Report on horse surra - Volume II, Part I
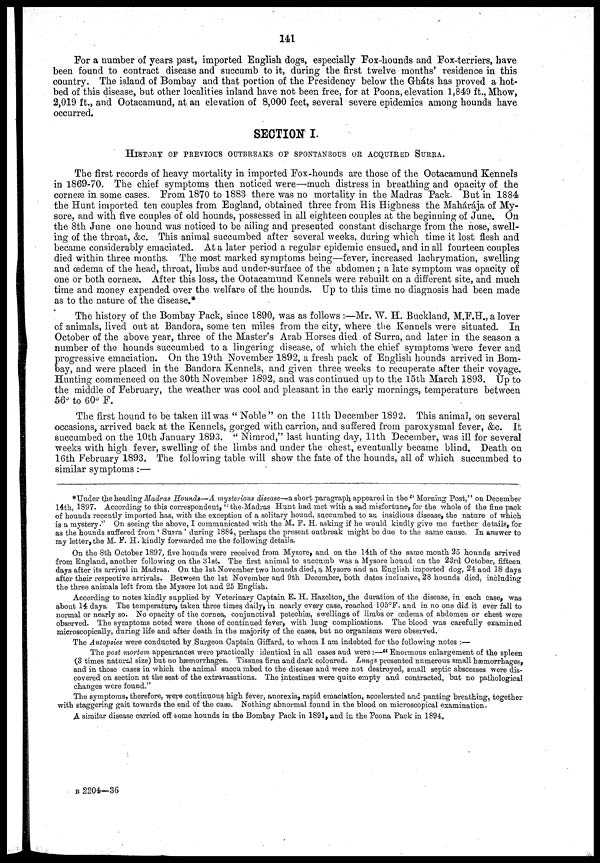
141
For a number of years past, imported English dogs, especially Fox-hounds and Fox-terriers, have
been found to contract disease and succumb to it, during the first twelve months' residence in this
country. The island of Bombay and that portion of the Presidency below the Gháts has proved a hot-
bed of this disease, but other localities inland have not been free, for at Poona, elevation 1,849 ft., Mhow,
2,019 ft., and Ootacamund, at an elevation of 8,000 feet, several severe epidemics among hounds have
occurred.
SECTION I.
HISTORY OF PREVIOUS OUTBREAKS OF SPONTANEOUS OR ACQUIRED SURRA.
The first records of heavy mortality in imported Fox-hounds are those of the Ootacamund Kennels
in 1869-70. The chief symptoms then noticed were—much distress in breathing and opacity of the
corneæ in some cases. From 1870 to 1883 there was no mortality in the Madras Pack. But in 1884
the Hunt imported ten couples from England, obtained three from His Highness the Mahárája of My-
sore, and with five couples of old hounds, possessed in all eighteen couples at the beginning of June. On
the 8th June one hound was noticed to be ailing and presented constant discharge from the nose, swell-
ing of the throat, &c. This animal succumbed after several weeks, during which time it lost flesh and
became considerably emaciated. At a later period a regular epidemic ensued, and in all fourteen couples
died within three months. The most marked symptoms being—fever, increased lachrymation, swelling
and œdema of the head, throat, limbs and under-surface of the abdomen; a late symptom was opacity of
one or both corneæ. After this loss, the Ootacamund Kennels were rebuilt on a different site, and much
time and money expended over the welfare of the hounds. Up to this time no diagnosis had been made
as to the nature of the disease.*
The history of the Bombay Pack, since 1890, was as follows :—Mr. W. H. Buckland, M.F.H., a lover
of animals, lived out at Bandora, some ten miles from the city, where the Kennels were situated. In
October of the above year, three of the Master's Arab Horses died of Surra, and later in the season a
number of the hounds succumbed to a lingering disease, of which the chief symptoms were fever and
progressive emaciation. On the 19th November 1892, a fresh pack of English hounds arrived in Bom-
bay, and were placed in the Bandora Kennels, and given three weeks to recuperate after their voyage.
Hunting commenced on the 30th November 1892, and was continued up to the 15th March 1893. Up to
the middle of February, the weather was cool and pleasant in the early mornings, temperature between
56° to 60° F.
The first hound to be taken ill was " Noble " on the 11th December 1892. This animal, on several
occasions, arrived back at the Kennels, gorged with carrion, and suffered from paroxysmal fever, &c. It
succumbed on the 10th January 1893. " Nimrod," last hunting day, 11th December, was ill for several
weeks with high fever, swelling of the limbs and under the chest, eventually became blind. Death on
16th February 1893. The following table will show the fate of the hounds, all of which succumbed to
similar symptoms :—
*Under the heading Madras Hounds—A mysterious disease—a short paragraph appeared in the " Morning Post," on December
14th, 1897. According to this correspondent, "the Madras Hunt had met with a sad misfortune, for the whole of the fine pack
of hounds recently imported has, with the exception of a solitary hound, succumbed to an insidious disease, the nature of which
is a mystery." On seeing the above, I communicated with the M. F. H. asking if he would kindly give me further details, for
as the hounds suffered from ' Surra ' during 1884, perhaps the present outbreak might be due to the same cause. In answer to
my letter, the M. F. H. kindly forwarded me the following details.
On the 8th October 1897, five hounds were received from Mysore, and on the 14th of the same month 25 hounds arrived
from England, another following on the 31st. The first animal to succumb was a Mysore hound on the 23rd October, fifteen
days after its arrival in Madras. On the 1st November two hounds died, a Mysore and an English imported dog, 24 and 18 days
after their respective arrivals. Between the 1st November and 9th December, both dates inclusive, 28 hounds died, including
the three animals left from the Mysore lot and 25 English.
According to notes kindly supplied by Veterinary Captain E. H. Hazelton, the duration of the disease, in each case, was
about 14 days. The temperature, taken three times, daily, in nearly every case, reached 105°F. and in no one did it ever fall to
normal or nearly so. No opacity of the cornea, conjunctival petechiæ, swellings of limbs or œdema of abdomen or chest were
observed. The symptoms noted were those of continued fever, with lung complications. The blood was carefully examined
microscopically, during life and after death in the majority of the cases, but no organisms were observed.
The Autopsies were conducted by Surgeon Captain Giffard, to whom I am indebted for the following notes :—
The post mortem, appearances were practically identical in all cases and were:—" Enormous enlargement of the spleen
(3 times natural size) but no hæmorrhages. Tissues firm and dark coloured. Lungs presented numerous small hæmorrhages,
and in those cases in which the animal succumbed to the disease and were not destroyed, small septic abscesses were dis-
covered on section at the seat of the extravasations. The intestines were quite empty and contracted, but no pathological
changes were found."
The symptoms, therefore, were continuous high fever, anorexia, rapid emaciation, accelerated and panting breathing, together
with staggering gait towards the end of the case. Nothing abnormal found in the blood on microscopical examination.
A similar disease carried off some hounds in the Bombay Pack in 1891, and in the Poona Pack in 1894.
B 2204—36